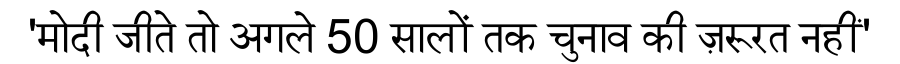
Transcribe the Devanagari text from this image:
'मोदी जीते तो अगले 50 सालों तक चुनाव की ज़रूरत नहीं'